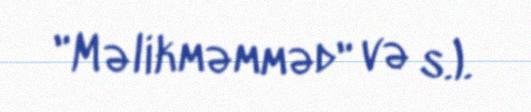
"Məlikməmməd" və s.).